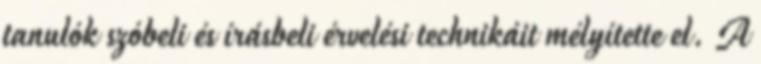
tanulók szóbeli és írásbeli érvelési technikáit mélyítette el. A